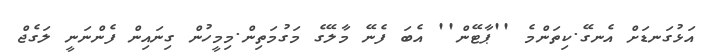
އަޅުގަނޑަށް އެނގޭ.ކިތަންމެ ''ޕާޓޭން'' އެބަ ފެނޭ މާލޭގެ މަގުމަތިން.މިމީހުން ގިނައިން ފެންނަނީ ލަގެޖް